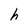
Character: h